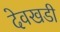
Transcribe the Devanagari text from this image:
देवखडी